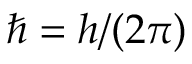
\hbar = h / ( 2 \pi )